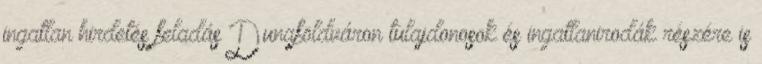
ingatlan hirdetés feladás Dunaföldváron tulajdonosok és ingatlanirodák részére is